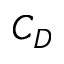
C _ { D }